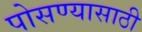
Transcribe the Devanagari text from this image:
पोसण्यासाठी